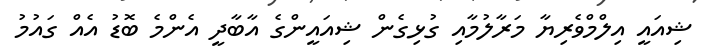
ޝިއައީ އިލްމްވެރިޔާ މަރާލުމާއި ގުޅިގެން ޝިއައީންގެ އާބާދީ އެންމެ ބޮޑު އެއް ގައުމު